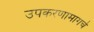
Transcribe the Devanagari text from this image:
उपकरणामागचे